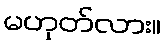
မဟုတ်လား။